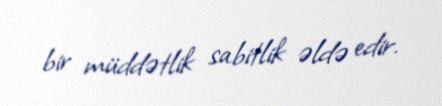
bir müddətlik sabitlik əldə edir.